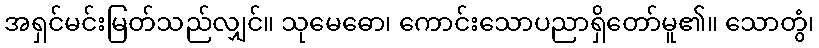
အရှင်မင်းမြတ်သည်လျှင်။ သုမေဓော၊ ကောင်းသောပညာရှိတော်မူ၏။ သောတွံ၊